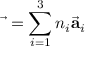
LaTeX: { \vec { \mathbf { \tau } } } = \sum _ { i = 1 } ^ { 3 } n _ { i } { \vec { \mathbf { a } } } _ { i }